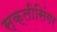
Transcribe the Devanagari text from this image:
स्क्लीसिंगर